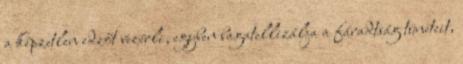
a képzetlen edzőt vezérli, egyben bagatellizálja a fáradtság tüneteit,